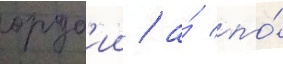
оруд'ии / а́ по́